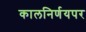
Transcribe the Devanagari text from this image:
कालनिर्णयपर